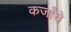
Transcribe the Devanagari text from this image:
कर्जांचे